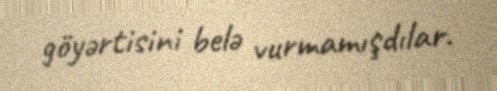
göyərtisini belə vurmamışdılar.